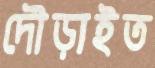
দৌড়াইত